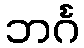
ဘင်္ဂ